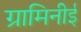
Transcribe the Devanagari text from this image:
ग्रामिनीई